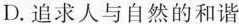
D.追求人与自然的和谐